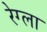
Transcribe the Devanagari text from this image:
रेग्ला